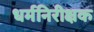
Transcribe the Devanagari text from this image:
धर्मनिरीक्षक